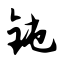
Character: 钝